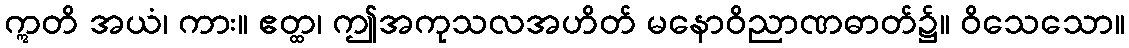
ဣတိ အယံ၊ ကား။ ဧတ္ထ၊ ဤအကုသလအဟိတ် မနောဝိညာဏဓာတ်၌။ ဝိသေသော။